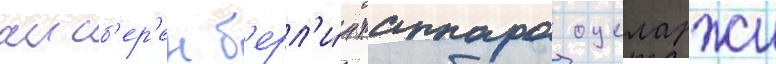
аисб'ер'ен б'ерл'и́н таппара оцеларжи